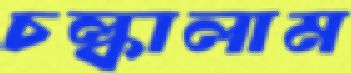
চল্‌কালাম